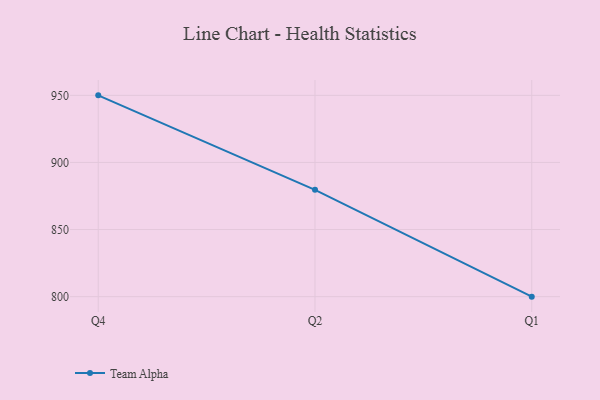
{"axis": {"x": "Quarter", "y": "Active Users"}, "legend": ["Team Alpha"], "data": [{"x": "Q4", "y": 950.0, "type": "Team Alpha"}, {"x": "Q2", "y": 879.6, "type": "Team Alpha"}, {"x": "Q1", "y": 800, "type": "Team Alpha"}]}